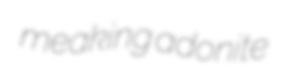
meaking adonite